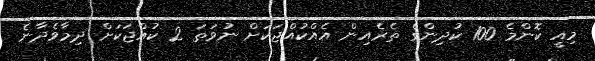
މިއީ ކޮންމެ 100 ކުދިންގެ ތެރެއިން އެއްކުއްޖަކަށް ނުވަތަ 2 ކުއްޖަކަށް ދިމާވެދާނެ